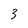
Character: 3